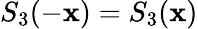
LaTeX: S_{3}(-\mathbf{x})=S_{3}(\mathbf{x})